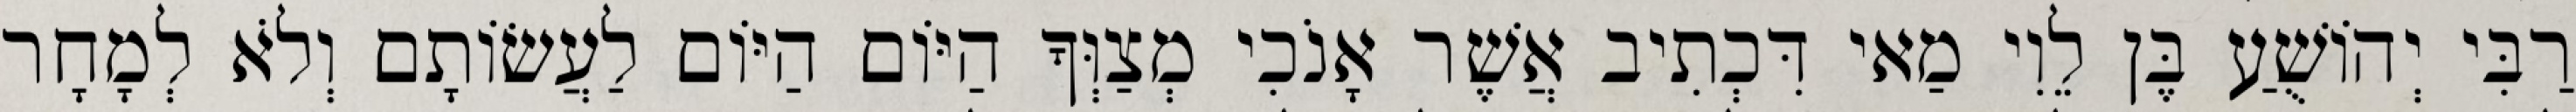
רַבִּי יְהוֹשֻׁעַ בֶּן לֵוִי מַאי דִּכְתִיב אֲשֶׁר אָנֹכִי מְצַוְּךָ הַיּוֹם הַיּוֹם לַעֲשׂוֹתָם וְלֹא לְמָחָר